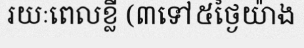
រយៈពេលខ្លី (៣ទៅ៥ថ្ងៃយ៉ាង